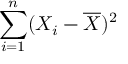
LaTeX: \sum _ { i = 1 } ^ { n } ( X _ { i } - { \overline { { X } } } ) ^ { 2 }